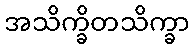
အသိက္ခိတသိက္ခာ